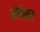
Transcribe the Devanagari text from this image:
ओबेसस